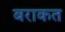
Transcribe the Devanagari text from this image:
बराकत